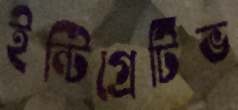
ইন্টিগ্রেটিভ